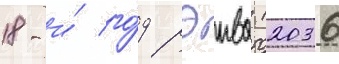
18-и́ го́д рэива (2036